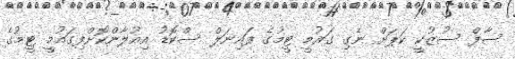
ސާފް ސުޒުކީ ކަޕަށް ނެގި ގައުމީ ޓީމުގެ ފައިނަލް ސްކޮޑު އިއުލާންކޮށްފިގައުމީ ޓީމުގެ